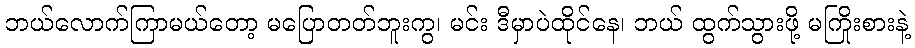
ဘယ်လောက်ကြာမယ်တော့ မပြောတတ်ဘူးကွ၊ မင်း ဒီမှာပဲထိုင်နေ၊ ဘယ် ထွက်သွားဖို့ မကြိုးစားနဲ့